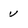
Character: u